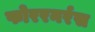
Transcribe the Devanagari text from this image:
फोररनर्रस